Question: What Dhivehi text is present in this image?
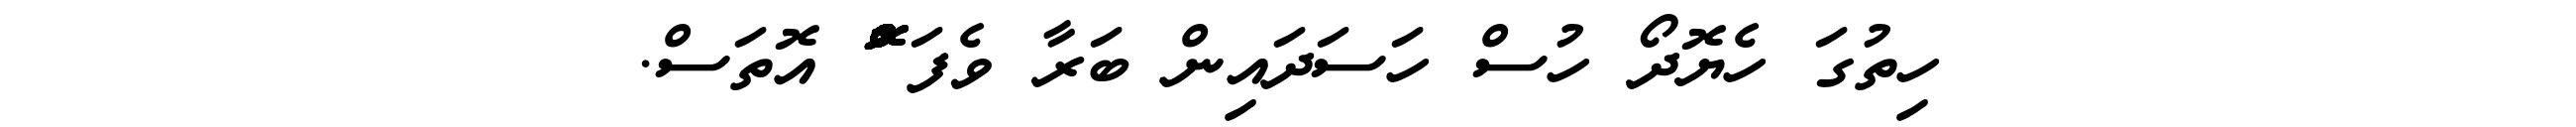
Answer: ހިތުގަ ހެޔޮދޯ ހުސް ހަސަދައިން ބަރާ ވެފަ ްްްްްްްްޮްްްްްްްްްްްްްްްްޮްްްްްްްްްްްްްްްްޮްްްްްްްްްްްްްްްްޮްްްް އޮތަސް.